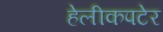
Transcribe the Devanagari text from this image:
हेलीकपटेर